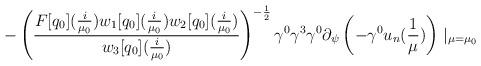
LaTeX: \begin{align*} -\left(\frac{F[q_{0}](\frac{i}{\mu_{0}})w_{1}[q_{0}](\frac{i}{\mu_{0}})w_{2}[q_{0}](\frac{i}{\mu_{0}})}{w_{3}[q_{0}](\frac{i}{\mu_{0}})}\right)^{-\frac{1}{2}}\gamma^{0}\gamma^{3}\gamma^{0}\partial_{\psi}\left(-\gamma^{0}u_{n}(\frac{1}{\mu})\right)\mid_{\mu=\mu_{0}}\end{align*}